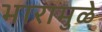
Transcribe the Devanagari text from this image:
भारामुळे